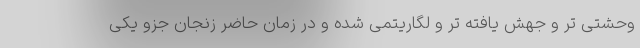
وحشتی تر و جهش یافته تر و لگاریتمی شده و در زمان حاضر زنجان جزو یکی